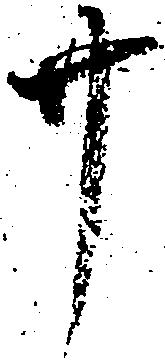
廿